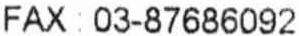
FAX : 03-87686092